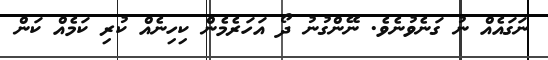
ނަގައެއް ނު ގަނެވުނެވެ. ނޭންގުނު ދޯ އަހަރެމެން ކިހިނެއް ކުރި ކަމެއް ކަން